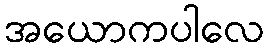
အယောကပါလေ